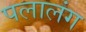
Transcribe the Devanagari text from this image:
पलालंग